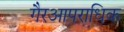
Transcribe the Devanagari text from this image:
गैरआपराधिक